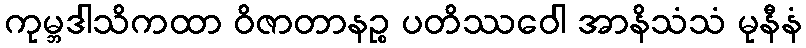
ကုမ္ဘဒါသိကထာ ဝိဇာတာနဉ္စ ပတိဿဝေါ အာနိသံသံ မုနီနံ